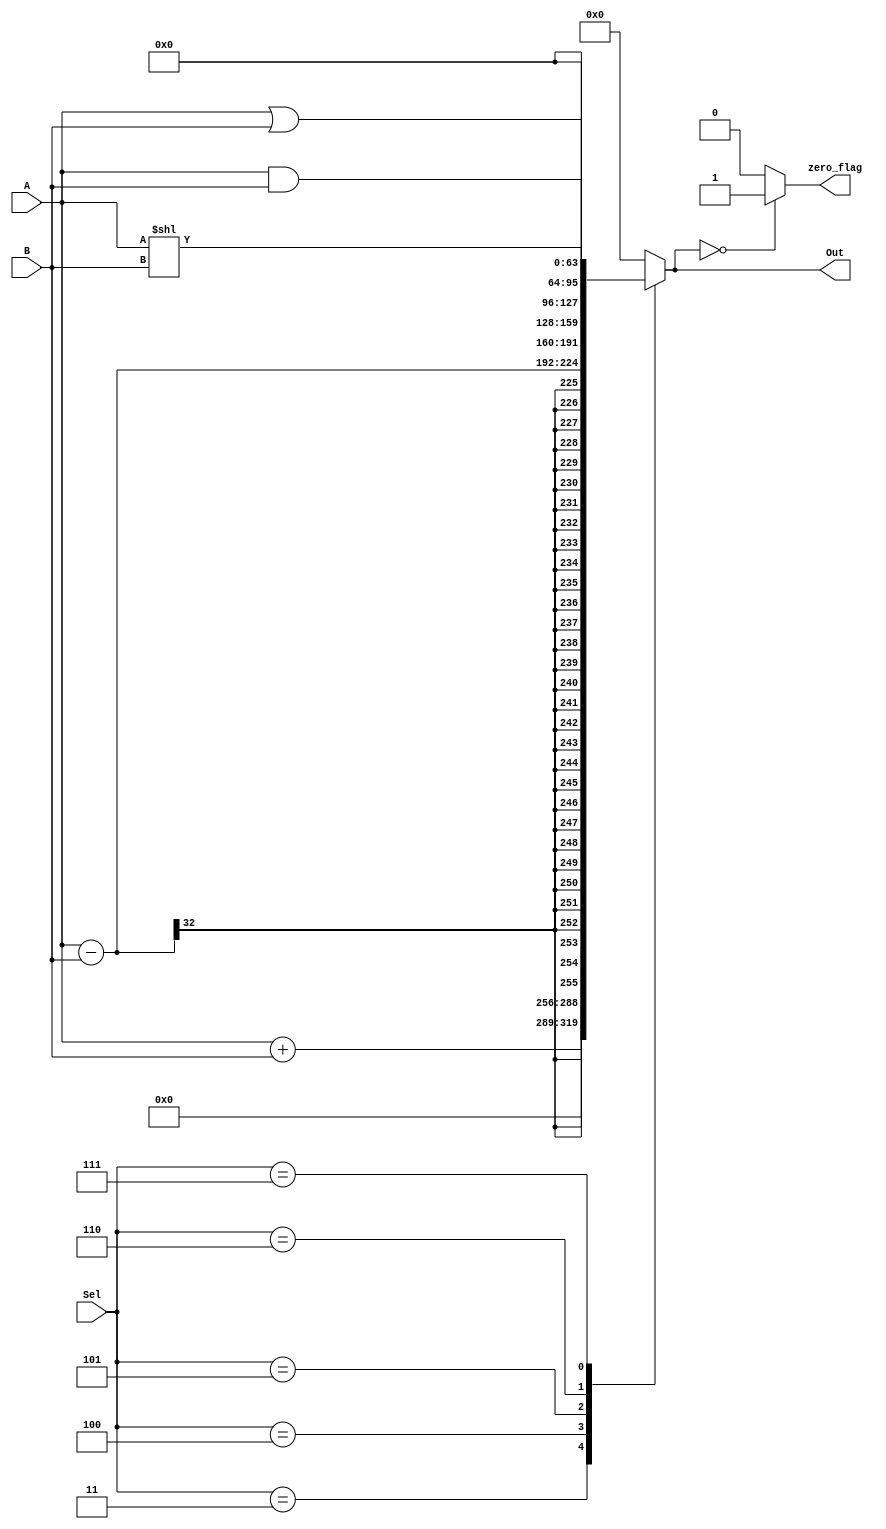
module ALU(A,B,Sel,Out,zero_flag);
input [31:0] A,B;
output reg [63:0] Out;
input [2:0] Sel;
output reg zero_flag;
always @(*)
begin

case (Sel) 
 3:       begin  Out = A + B;   end
 4:       begin  Out = A - B;   end
 5:       begin  Out = A | B;   end
 6:       begin  Out = A & B;   end 
 7:       begin  Out = A << B;  end 
 default: begin  Out = 0;   end endcase

if (Out == 0) zero_flag = 1;
else zero_flag = 0;
end



endmodule